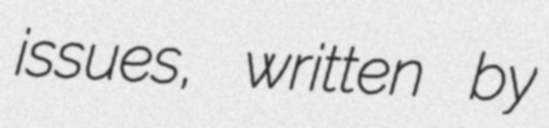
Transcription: issues, written by